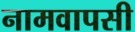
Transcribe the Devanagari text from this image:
नामवापसी